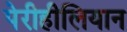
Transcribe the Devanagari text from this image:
पेरीहीलियान